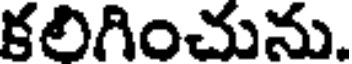
కలిగించును.